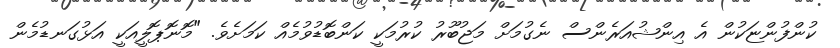
ކުންފުންޏަކުން އެ އިންޝުއަރެންސް ނެގުމަށް މަޖުބޫރު ކުރުމަކީ ކަންބޮޑުވުމެއް ކަމަށެވެ. "މޮނޮޕޮލީއަކީ އަޅުގަނޑުމެން